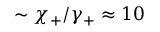
\sim \chi _ { + } / \gamma _ { + } \approx 1 0